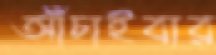
আঁচাইবার